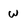
Character: w